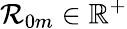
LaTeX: \mathcal{R}_{0m}\in\mathbb{R}^{+}